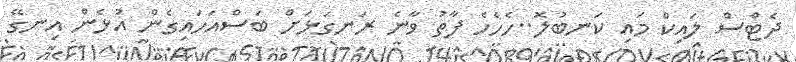
ދެޓްސް ލައިކް މައި ކަނބުލޮ..ހެހެހެ ފާތު ވާނެ ރަނގަޅަށް ބަސްއަހައިގެން އުޅެން އިނގޭ